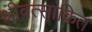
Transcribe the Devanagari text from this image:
श्रीवत्सांकित